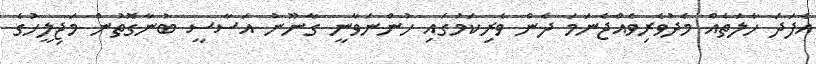
އެފަދަ ހާލަތެއް މެދުވެރިވެއްޖެނަމަ ދެން ވެރިކަމުގައި ހުންނަވާނީ ގާނޫނު އަސާސީ ބުނާގޮތުން މަޖިލީހުގެ